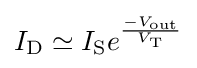
I_{\text{D}}\simeq I_{\text{S}}e^{\frac {-V_{\text{out}}}{V_{\text{T}}}}